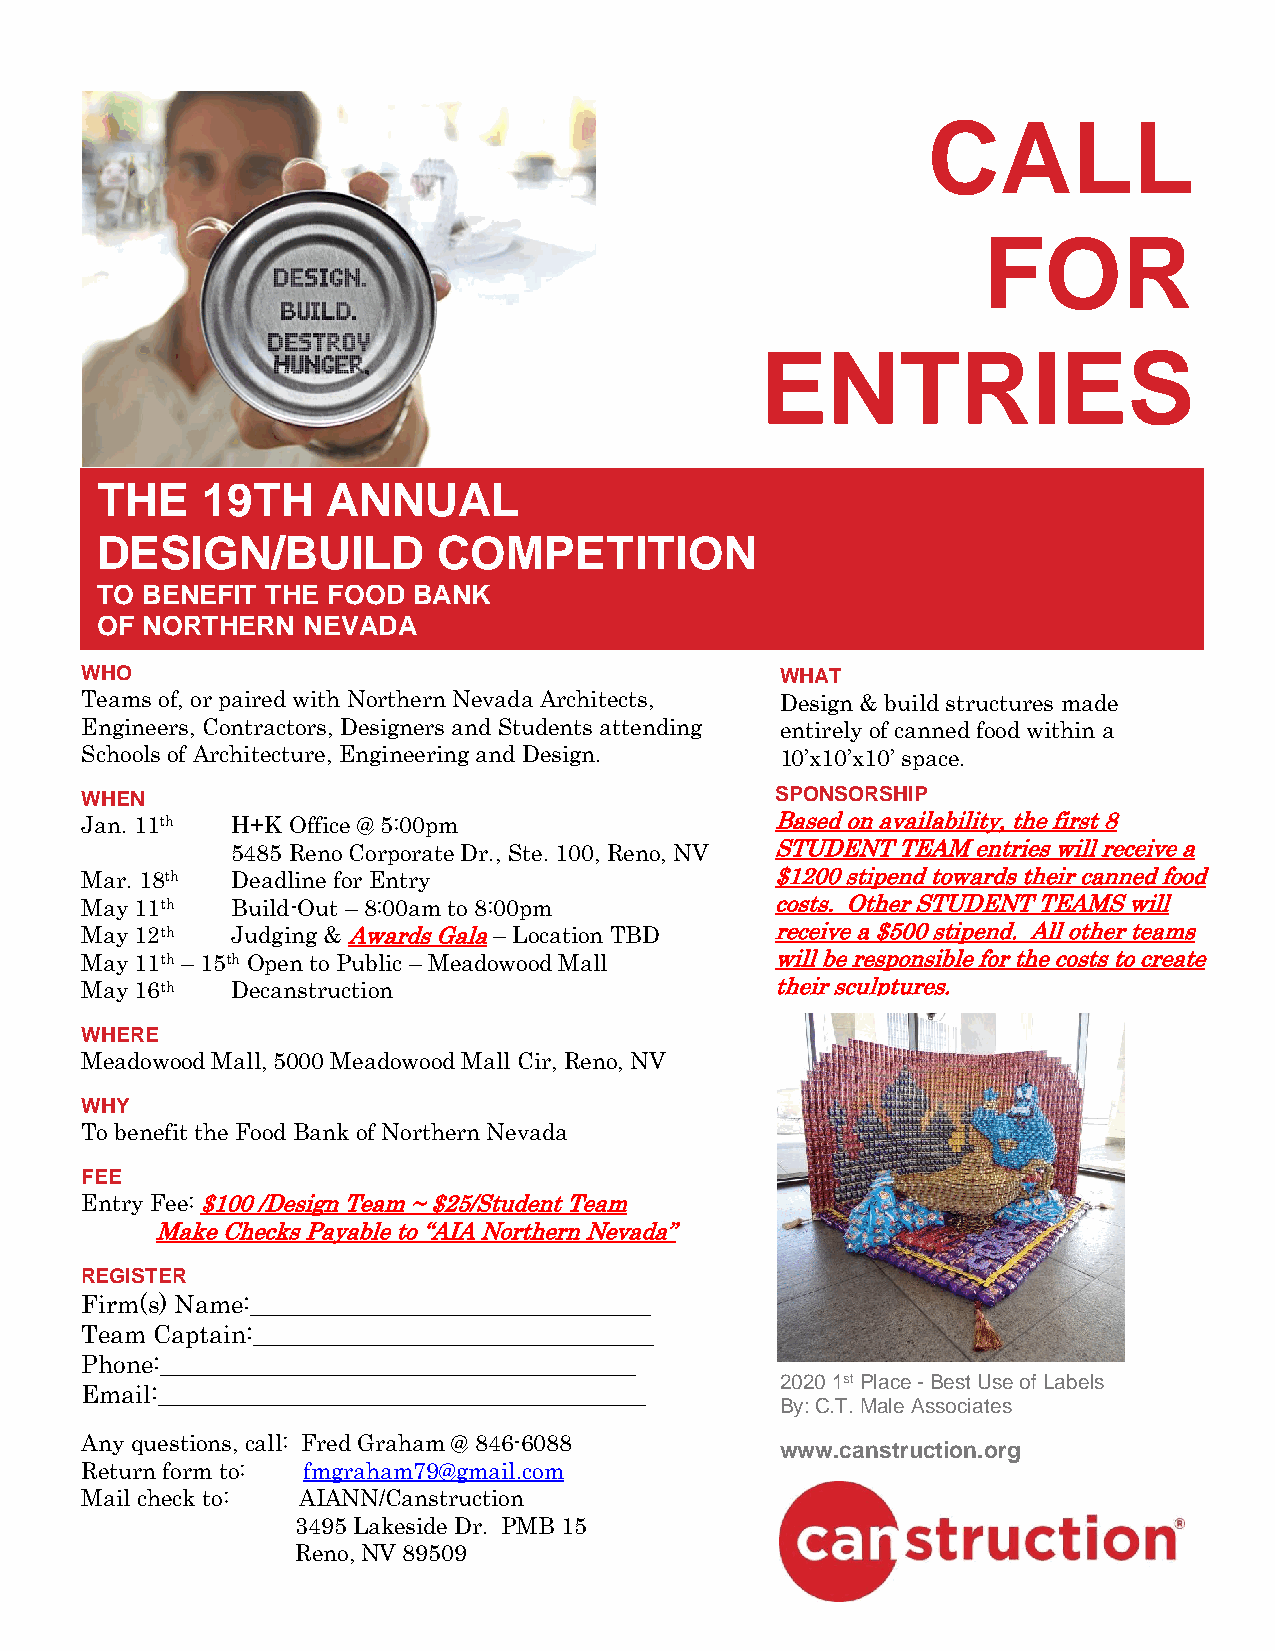
CALL
 FOR
 ENTRIES
 THE    19TH     ANNUAL
 DESIGN/BUILD           COMPETITION
 TO BENEFIT  THE FOOD BANK
 OF NORTHERN   NEVADA
 WHO                                            WHAT
 Teams of, or paired with Northern Nevada Architects , Design & build structures made
 Engineers, Contractors, Designers and Students attending entirely of canned food within a
 Schools of Architecture, Engineering and Design. 10’x10’x10’ space.
 WHEN                                          SPONSORSHIP
 Jan. 11th H+K Office @ 5:00pm                 Based on availability, the first 8
 5485 Reno Corporate Dr., Ste. 100, Reno, NV STUDENT TEAM entries will receive a
 Mar. 18th Deadline for Entry                  $1200 stipend towards their canned food
 May 11th  Build-Out – 8:00am to 8:00pm        costs. Other STUDENT TEAMS will
 May 12th  Judging & Awards Gala – Location TBD receive a $500 stipend. All other teams
 May 11th – 15th Open to Public – Meadowood Mall will be responsible for the costs to create
 May 16th  Decanstruction                      their sculptures.
 WHERE
 Meadowood Mall, 5000 Meadowood Mall Cir, Reno, NV
 WHY
 To benefit the Food Bank of Northern Nevada
 FEE
 Entry Fee: $100 /Design Team ~ $25/Student Team
 Make Checks Payable to “AIA Northern Nevada”
 REGISTER
 Firm(s) Name:________________________________
 Team Captain:________________________________
 Phone:______________________________________
 2020 1st Place - Best Use of Labels
 Email:_______________________________________
 By: C.T. Male Associates
 Any questions, call: Fred Graham @ 846-6088
 www.canstruction.org
 Return form to: fmgraham79@gmail.com
 Mail check to: AIANN/Canstruction
 3495 Lakeside Dr. PMB 15
 Reno, NV 89509